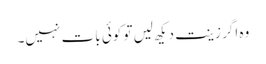
وہ اگر زینت دیکھ لیں تو کوئی بات نہیں۔